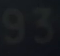
93